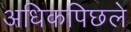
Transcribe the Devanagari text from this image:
अधिकपिछले